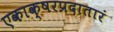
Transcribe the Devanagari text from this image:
एकाक्षरप्रदातारं